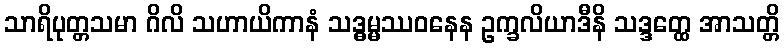
သာရိပုတ္တသမာ ဂိလိ သဟာယိကာနံ သဒ္ဓမ္မဿဝနေန ဥက္ခလိယာဒီနိ သဒ္ဒတ္ထေ အာသတ္တိ